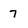
Character: 7